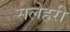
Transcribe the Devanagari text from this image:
सलेहरी